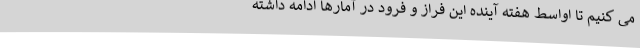
می کنیم تا اواسط هفته آینده این فراز و فرود در آمارها ادامه داشته